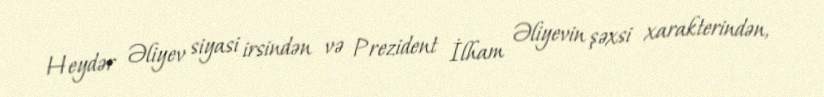
Heydər Əliyev siyasi irsindən və Prezident İlham Əliyevin şəxsi xarakterindən,